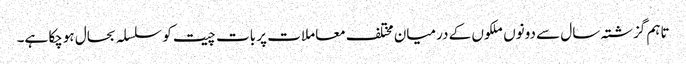
تاہم گزشتہ سال سے دونوں ملکوں کے درمیان مختلف معاملات پر بات چیت کو سلسلہ بحال ہوچکا ہے۔